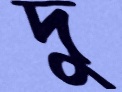
দু